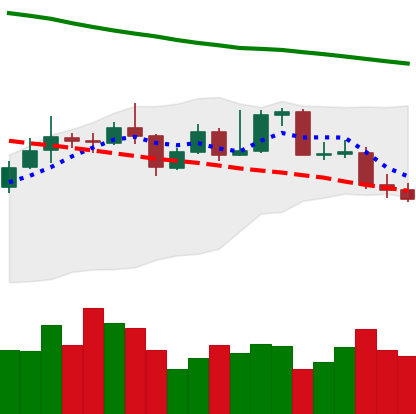
Ticker: XMR-USD
Chart end date: 2019-11-20
Forward return: -13.821%
Label: down_7plus